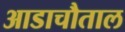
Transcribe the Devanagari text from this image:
आडाचौताल